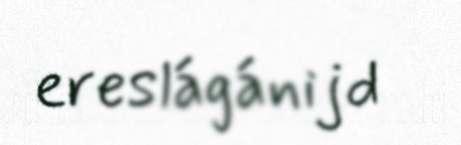
ereslágánijd